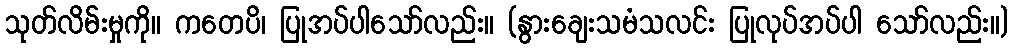
သုတ်လိမ်းမှုကို။ ကတေပိ၊ ပြုအပ်ပါသော်လည်း။ (နွားချေးသမံသလင်း ပြုလုပ်အပ်ပါ သော်လည်း။)